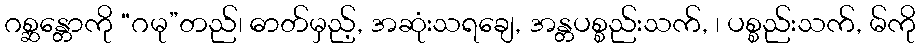
ဂစ္ဆန္တောကို “ဂမု”တည်၊ ဓာတ်မှည့်, အဆုံးသရချေ, အန္တပစ္စည်းသက်, ၊ ပစ္စည်းသက်, မ်ကို